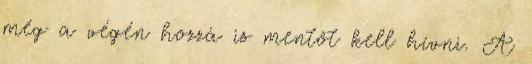
még a végén hozzá is mentőt kell hívni. A